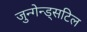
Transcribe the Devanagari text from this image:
जुन्गेन्ड्सटिल